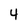
Character: 4